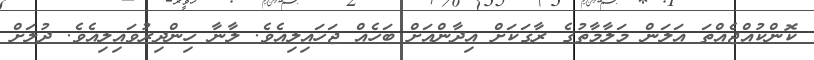
ކޮންކުއްޖެއްތަ އަލަން މަލާމާތުގެ ރާގަކަށް އިދާންއަށް ބަހެއް ޖަހައިލިއެވެ. ލާނާ ހިންދިރުވައިލިއެވެ. ދުލަށް